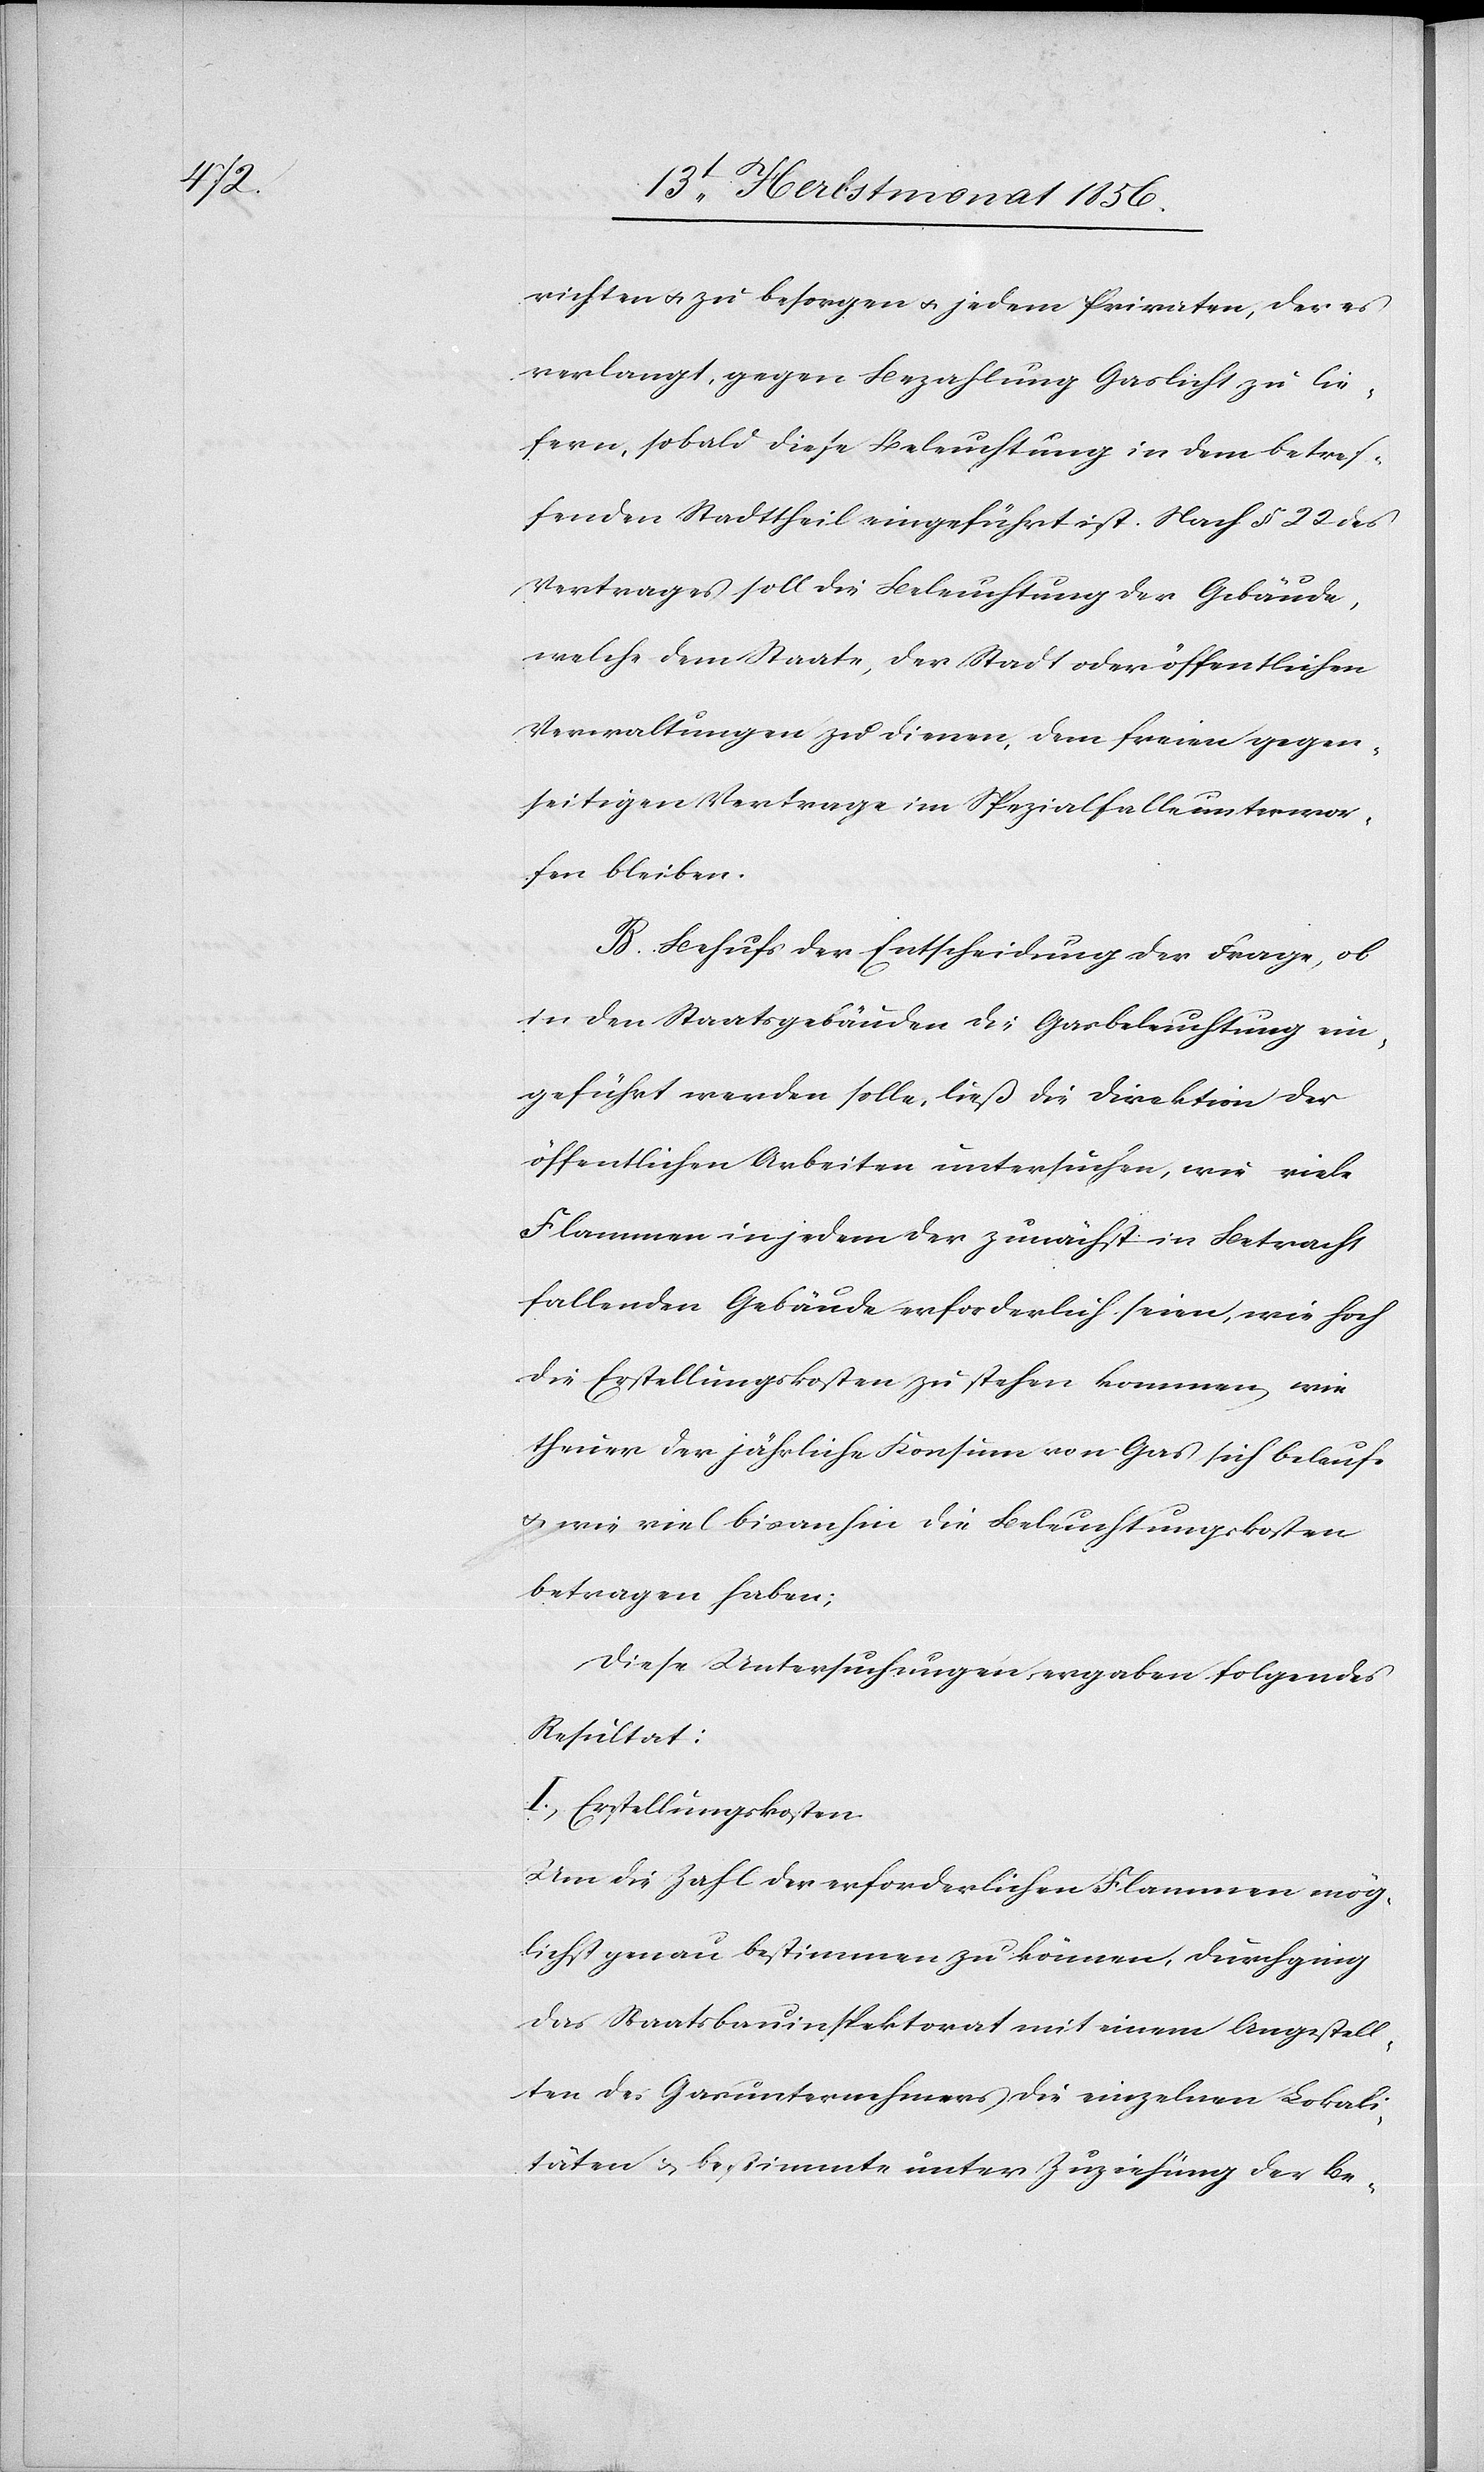
richten u. zu besorgen u. jedem Privaten, der es
verlangt, gegen Bezahlung Gaslicht zu lie¬
fern, sobald diese Beleuchtung in dem betref¬
fenden Stadtheil eingeführt ist. Nach § 22 des
Vertrages soll die Beleuchtung der Gebäude,
welche dem Staate, der Stadt oder öffentlichen
Verwaltungen zu dienen, dem freien gegen¬
seitigen Vertrage im Spezialfalle unterwor¬
fen bleiben.
B. Behufs der Entscheidung der Frage, ob
in den Staatsgebäuden die Gasbeleuchtung ein¬
geführt werden solle, ließ die Direktion der
öffentlichen Arbeiten untersuchen, wie viele
Flammen in jedem der zunächst in Betracht
fallenden Gebäude erforderlich seien, wie hoch
die Erstellungskosten zu stehen kommen, wie
theuer der jährliche Konsum von Gas sich belaufe
u. wie viel bisanhin die Beleuchtungskosten
betragen haben;
Diese Untersuchungen ergaben folgendes
Resultat:
I.) Erstellungskosten.
Um die Zahl der erforderlichen Flammen mög¬
lichst genau bestimmen zu können, durchging
das Staatsbauinspektorat mit einem Angestell¬
ten des Gasunternehmers die einzelnen Lokali¬
täten & bestimmte unter Zuziehung der Be-